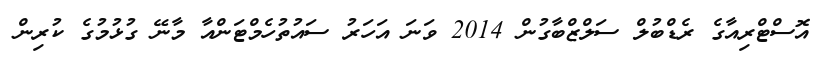
އޮސްޓްރިއާގެ ރެޑްބުލް ސަލްޒްބާގުން 2014 ވަނަ އަހަރު ސައުތުހެމްޓަންއާ މާނޭ ގުޅުމުގެ ކުރިން